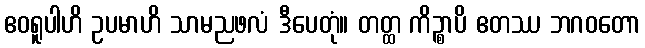
ဧဝရူပါဟိ ဥပမာဟိ သာမညဖလံ ဒီပေတုံ။ တတ္ထ ကိဉ္စာပိ ဧတဿ ဘဂဝတော